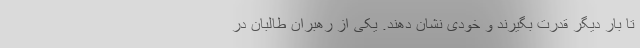
تا بار دیگر قدرت بگیرند و خودی نشان دهند. یکی از رهبران طالبان در